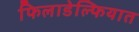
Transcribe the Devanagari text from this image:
फिलाडेल्फियात